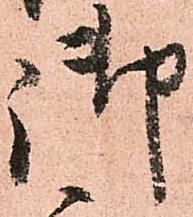
御